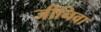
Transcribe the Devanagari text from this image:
जीनिवा